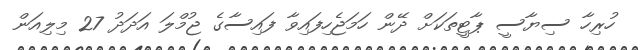
ހުރިހާ ސިޔާސީ ޕާޓީތަކަށް ދޭން ހަމަޖެހިފައިވާ ފައިސާގެ ޖުމްލަ އަދަދު 27 މިލިއަން